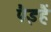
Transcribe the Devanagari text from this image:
पैइहैं